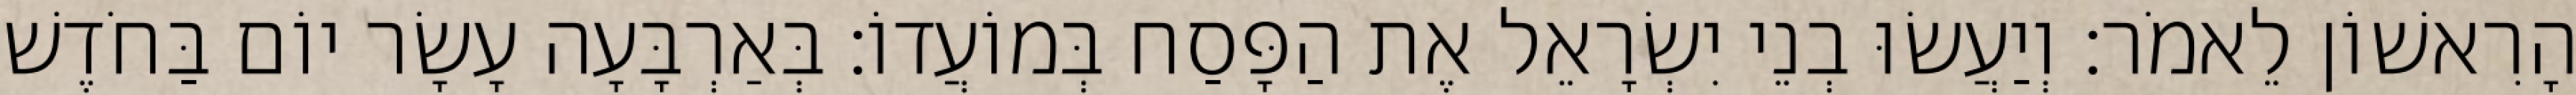
הָרִאשׁוֹן לֵאמֹר׃ וְיַעֲשׂוּ בְנֵי יִשְׂרָאֵל אֶת הַפָּסַח בְּמוֹעֲדוֹ׃ בְּאַרְבָּעָה עָשָׂר יוֹם בַּחֹדֶשׁ